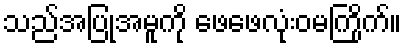
သည်အပြုအမူကို ဖေဖေလုံးဝမကြိုက်။